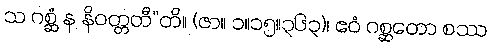
သ ဂစ္ဆံ န နိဝတ္တတီ”တိ။ (ဇာ။ ၁။၁၅။၃၆၃)၊ ဧဝံ ဂစ္ဆတော စဿ